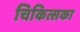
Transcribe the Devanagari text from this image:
चिकित्सका